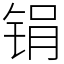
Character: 𫓶